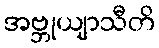
အဗ္ဘုယျာသီတိ